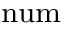
\bf \Pi ^ { \mathrm { n u m } }